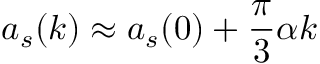
a _ { s } ( k ) \approx a _ { s } ( 0 ) + \frac { \pi } { 3 } \alpha k